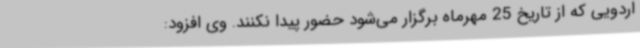
اردویی که از تاریخ 25 مهرماه برگزار می‌شود حضور پیدا نکنند. وی افزود: